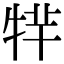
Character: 𤙢